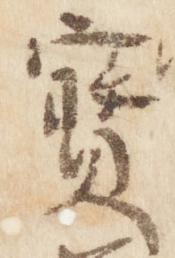
宝